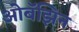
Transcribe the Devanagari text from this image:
ओबॅझिन